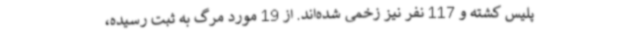
پلیس کشته و 117 نفر نیز زخمی شده‌اند. از 19 مورد مرگ به ثبت رسیده،